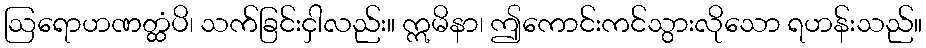
ဩရောဟဏတ္ထံပိ၊ သက်ခြင်းငှါလည်း။ ဣမိနာ၊ ဤကောင်းကင်သွားလိုသော ရဟန်းသည်။